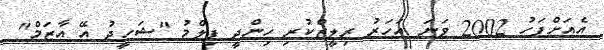
އެއަށްފަހު 2002 ވަނަ އަހަރު ރިލީޒްކުރި ހިންދީ ފިލްމު "ޝަހީދު އޭ އާޒަމް"